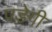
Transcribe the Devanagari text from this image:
पडे़गी